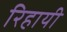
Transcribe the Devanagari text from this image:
रिहायी